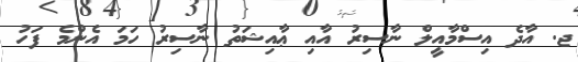
ޖ. އާދެ އިސްމާއީލް ނާސިރު އާއި ޢާއިޝަތު ނާސިރު ހަމަ އެންމެ ފަހު